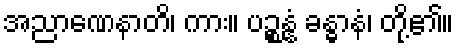
အညာဏေနာတိ၊ ကား။ ပဉ္စန္နံ ခန္ဓာနံ၊ တို့၏။